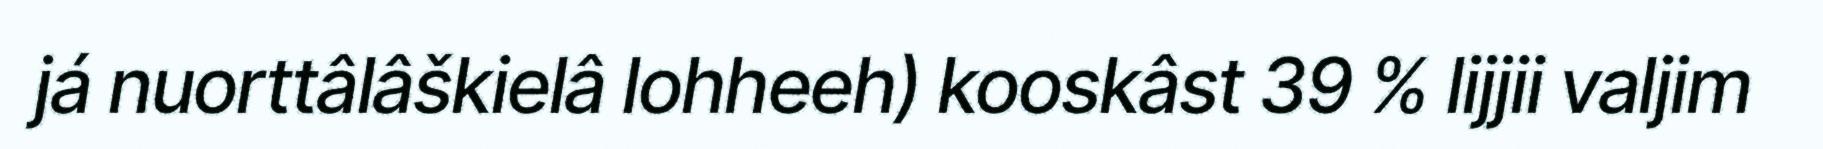
já nuorttâlâškielâ lohheeh) kooskâst 39 % lijjii valjim